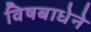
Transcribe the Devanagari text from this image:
विषबाधेने